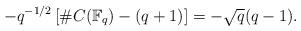
LaTeX: \begin{align*}-q^{-1/2}\left[\#C(\mathbb F_q)-(q+1)\right]=-\sqrt{q}(q-1).\end{align*}